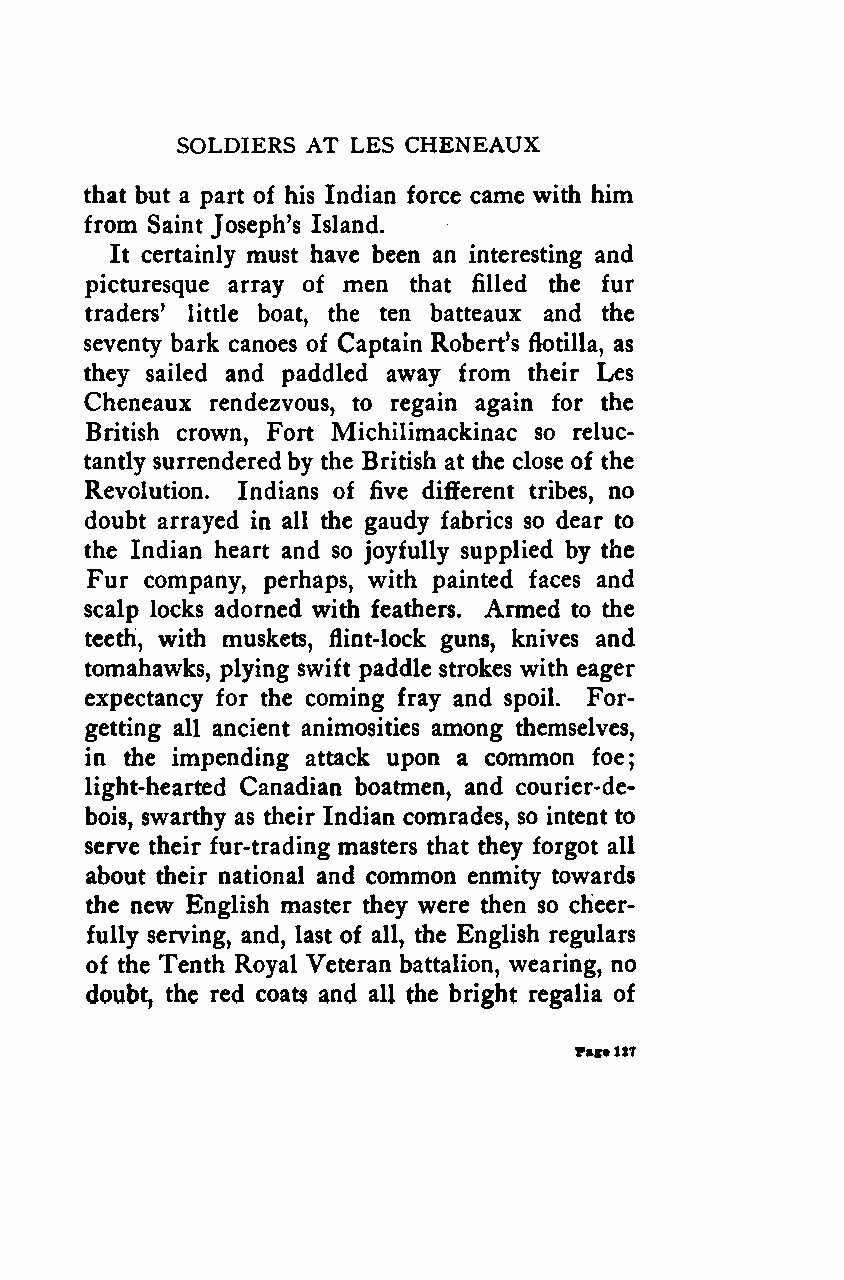
SOLDIERS AT LES CHENEAUX
 that but a part of his Indian force came with him
 from Saint Joseph's Island.
 It certainly must have been an interesting and
 picturesque array of men that filled the fur
 traders' little boat, the ten batteaux and the
 seventy bark canoes of Captain Robert's flotilla, as
 they sailed and paddled away from their Les
 Cheneaux rendezvous, to regain again for the
 British crown, Fort Michilimackinac so reluc-
 tantly surrenderedby the British at the close of the
 Revolution. Indians of five different tribes, no
 doubt arrayed in all the gaudy fabrics so dear to
 the Indian heart and so joyfully supplied by the
 Fur company, perhaps, with painted faces and
 scalp locks adorned with feathers. Armed to the
 teeth, with muskets, flint-lock guns, knives and
 tomahawks, plying swift paddle strokes with eager
 expectancy for the coming fray and spoil. For-
 getting all ancient animosities among themselves,
 in the impending attack upon a common foe;
 light-hearted Canadian boatmen, and courier-de-
 bois, swarthy as their Indian comrades, so intent to
 serve their fur-trading masters that they forgot all
 about their national and common enmity towards
 the new English master they were then so cheer-
 fully serving, and, last of all, the English regulars
 of the Tenth Royal Veteran battalion, wearing, no
 doubt, the red coats and all the bright regalia of
 Page127
 Google
 Digitizedby